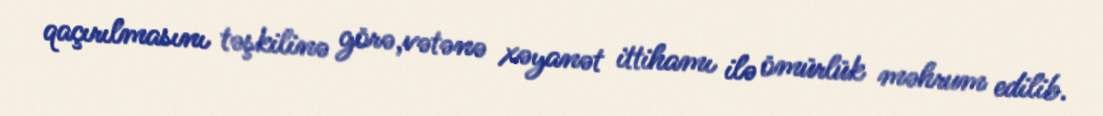
qaçırılmasını təşkilinə görə,vətənə xəyanət ittihamı ilə ömürlük məhrum edilib.